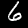
Digit: 6